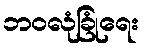
ဘဝလုံခြုံရေး